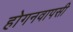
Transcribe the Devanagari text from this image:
होगनवापसी